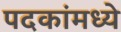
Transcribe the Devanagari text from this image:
पदकांमध्ये